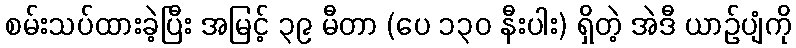
စမ်းသပ်ထားခဲ့ပြီး အမြင့် ၃၉ မီတာ (ပေ ၁၃၀ နီးပါး) ရှိတဲ့ အဲဒီ ယာဉ်ပျံကို